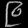
Digit: ၉